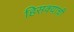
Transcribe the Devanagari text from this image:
हिसक्याची